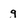
Character: g